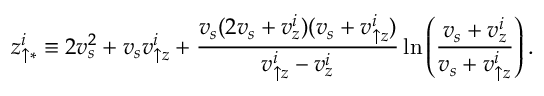
z _ { \uparrow \ast } ^ { i } \equiv 2 v _ { s } ^ { 2 } + v _ { s } v _ { \uparrow z } ^ { i } + \frac { v _ { s } ( 2 v _ { s } + v _ { z } ^ { i } ) ( v _ { s } + v _ { \uparrow z } ^ { i } ) } { v _ { \uparrow z } ^ { i } - v _ { z } ^ { i } } \ln \left( \frac { v _ { s } + v _ { z } ^ { i } } { v _ { s } + v _ { \uparrow z } ^ { i } } \right) .